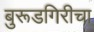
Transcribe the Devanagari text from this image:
बुरूडगिरीचा